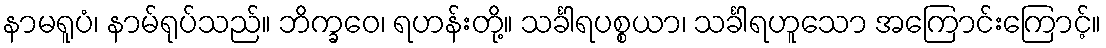
နာမရူပံ၊ နာမ်ရုပ်သည်။ ဘိက္ခဝေ၊ ရဟန်းတို့။ သင်္ခါရပစ္စယာ၊ သင်္ခါရဟူသော အကြောင်းကြောင့်။